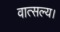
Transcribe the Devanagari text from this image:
वात्सल्य।